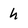
Character: h